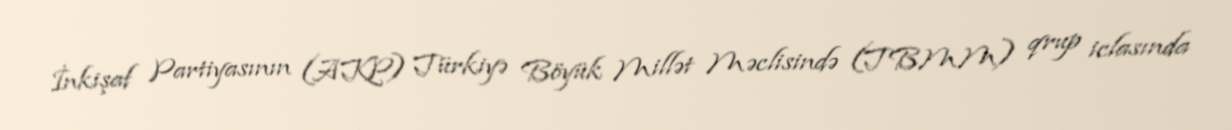
İnkişaf Partiyasının (AKP) Türkiyə Böyük Millət Məclisində (TBMM) qrup iclasında